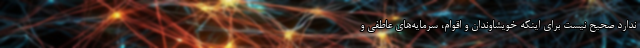
ندارد صحیح نیست برای اینکه خویشاوندان و اقوام، سرمایه‌های عاطفی و